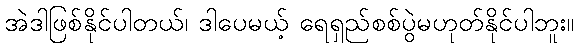
အဲဒါဖြစ်နိုင်ပါတယ်၊ ဒါပေမယ့် ရေရှည်စစ်ပွဲမဟုတ်နိုင်ပါဘူး။